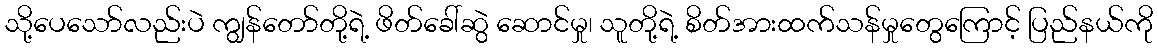
သို့ပေသော်လည်းပဲ ကျွန်တော်တို့ရဲ့ ဖိတ်ခေါ်ဆွဲ ဆောင်မှု၊ သူတို့ရဲ့ စိတ်အားထက်သန်မှုတွေကြောင့် ပြည်နယ်ကို